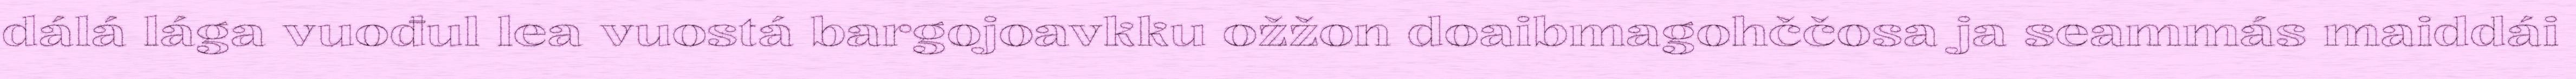
dálá lága vuođul lea vuostá bargojoavkku ožžon doaibmagohččosa ja seammás maiddái